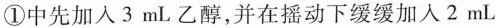
①中先加入3mL乙醇，并在摇动下缓缓加入2mL